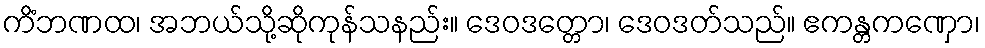
ကိံဘဏထ၊ အဘယ်သို့ဆိုကုန်သနည်း။ ဒေဝဒတ္တော၊ ဒေဝဒတ်သည်။ ဧကန္တကဏှော၊